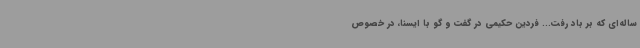
ساله‌ای که بر باد رفت... فردین حکیمی در گفت و گو با ایسنا، در خصوص